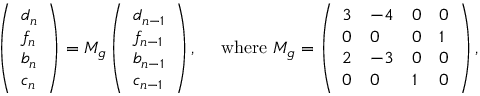
\left( \begin{array} { l } { d _ { n } } \\ { f _ { n } } \\ { b _ { n } } \\ { c _ { n } } \end{array} \right) = M _ { g } \left( \begin{array} { l } { d _ { n - 1 } } \\ { f _ { n - 1 } } \\ { b _ { n - 1 } } \\ { c _ { n - 1 } } \end{array} \right) , \quad \mathrm { ~ w h e r e ~ } M _ { g } = \left( \begin{array} { l l l l } { 3 } & { - 4 } & { 0 } & { 0 } \\ { 0 } & { 0 } & { 0 } & { 1 } \\ { 2 } & { - 3 } & { 0 } & { 0 } \\ { 0 } & { 0 } & { 1 } & { 0 } \end{array} \right) ,